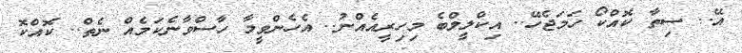
އޭ.. ސިތާ ކޮއްކޯ ހަމަޖެހޭ.. އިކްލީލްބެ މިހިރީއެއްނު.. އެހެންވީމާ ހާސްވާނެކަމެއް ނެތް.. ކޮއްކޮ